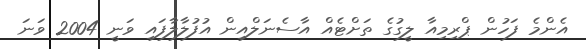
އެންމެ ފަހުން ޕްރިމިއާ ލީގުގެ ތަށްޓެއް އާސެނަލްއިން އުފުލާލާފައި ވަނީ 2004 ވަނަ